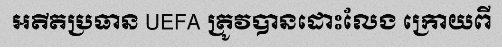
អតីតប្រធាន UEFA ត្រូវបានដោះលែង ក្រោយពី